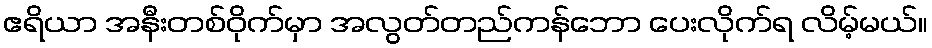
ဧရိယာ အနီးတစ်ဝိုက်မှာ အလွတ်တည်ကန်ဘော ပေးလိုက်ရ လိမ့်မယ်။